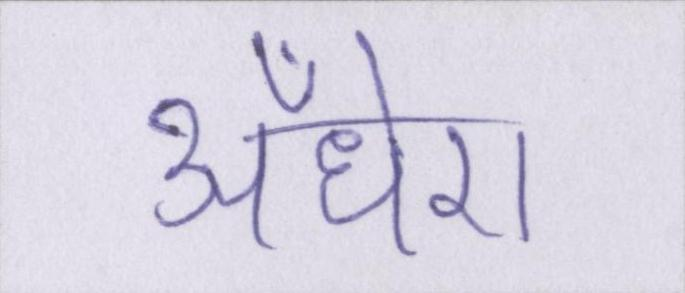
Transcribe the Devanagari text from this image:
अँधेरा